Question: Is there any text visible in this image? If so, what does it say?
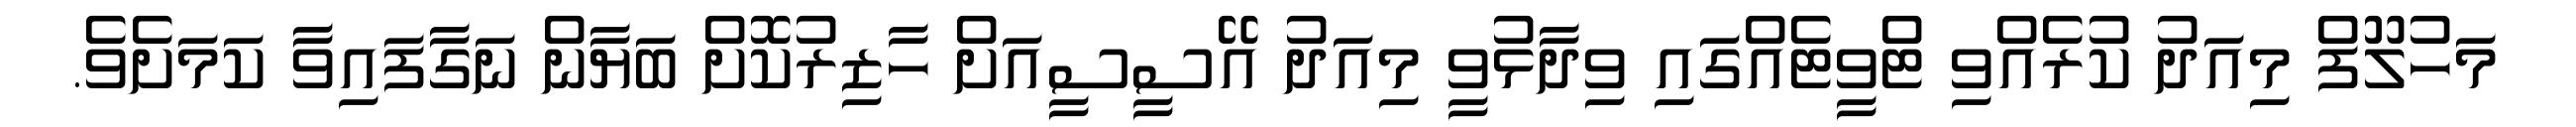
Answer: މަހުލޫފް މިއަދު ކުރެއްވި ޓްވީޓެއްގައި ވިދާޅުވީ މިއަދު އޭސީސީއަށް ހާޒިރުކޮށް ބަޔާން ނަގާފައިވާ ކަމަށެވެ.